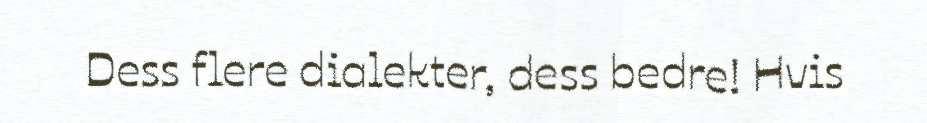
Dess flere dialekter, dess bedre! Hvis